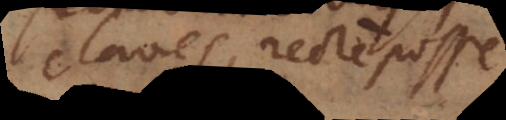
claves recte posse